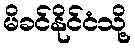
မိခင်နိုင်ငံသို့